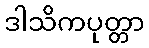
ဒါသိကပုတ္တာ